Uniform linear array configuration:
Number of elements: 12
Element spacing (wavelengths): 0.25
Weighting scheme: uniform
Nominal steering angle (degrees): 0
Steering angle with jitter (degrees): -0.003209
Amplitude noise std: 0.05
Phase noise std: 0.05

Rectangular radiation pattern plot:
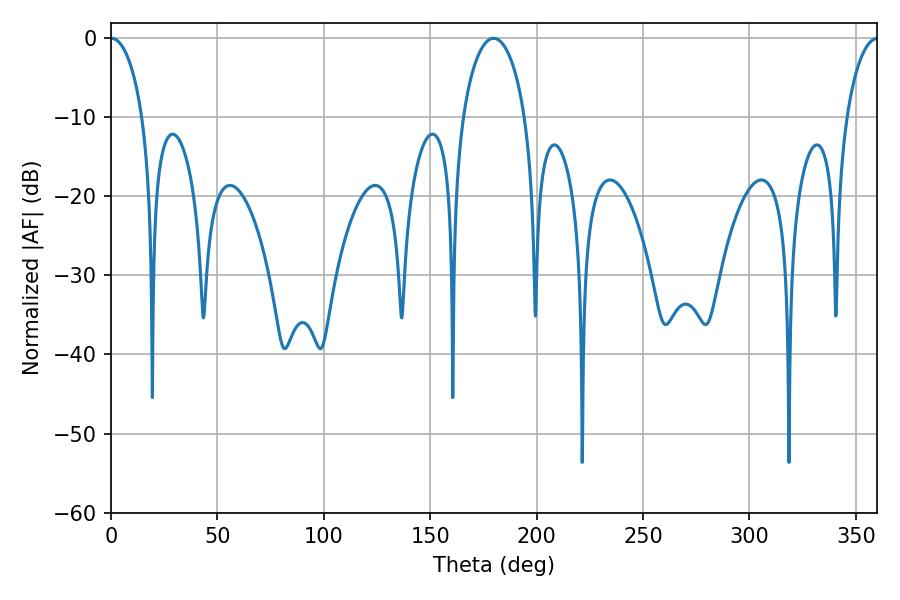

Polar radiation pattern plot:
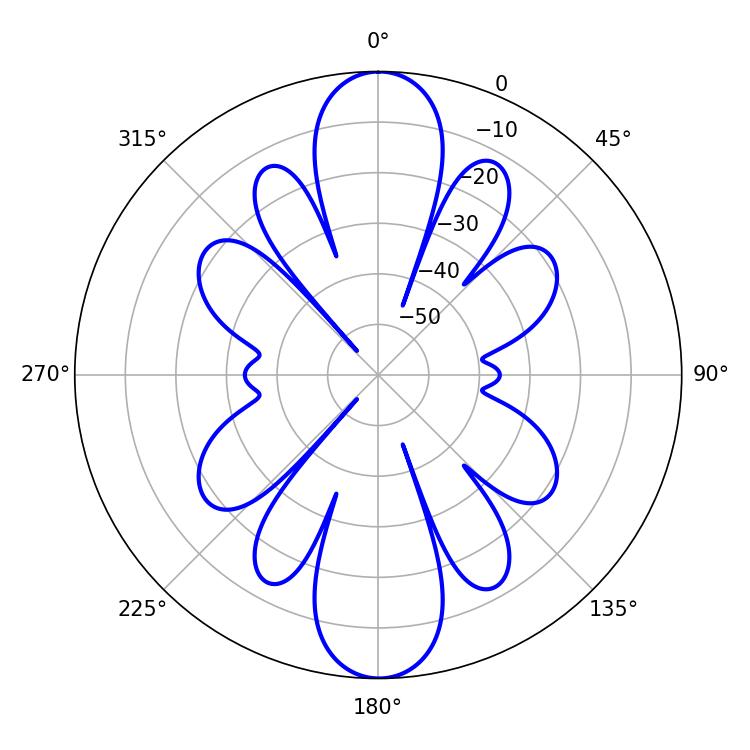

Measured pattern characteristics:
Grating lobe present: FALSE
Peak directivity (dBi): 26.439
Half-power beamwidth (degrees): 8.64
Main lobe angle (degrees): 0.18